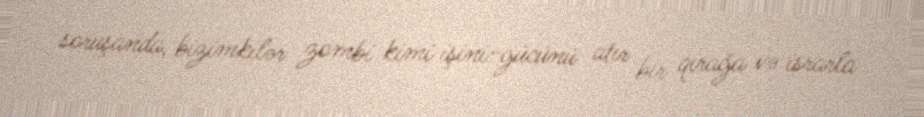
soruşanda, bizimkilər zombi kimi işini-gücünü atır bir qırağa və israrla